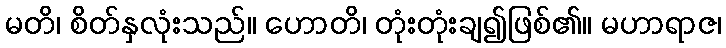
မတိ၊ စိတ်နှလုံးသည်။ ဟောတိ၊ တုံးတုံးချ၍ဖြစ်၏။ မဟာရာဇ၊